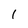
Character: 1